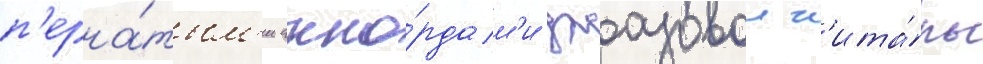
п'ерна́тым'и акко́рдам'и джазовои г'ита́ры